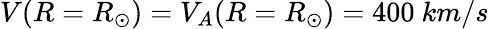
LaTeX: V(R=R_{\odot})=V_{A}(R=R_{\odot})=400~km/s